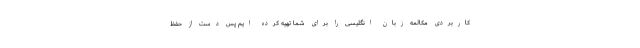
کاربردی مکالمه زبان انگلیسی را برای شما تهیه کرده ایم پس دست از حفظ